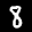
Label: 8